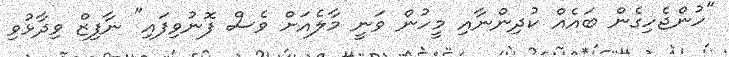
"ހުންޖެހިގެން ބައެއް ކުދިންނާއި މީހުން ވަނީ މާލެއަށް ވެސް ފޮނުވިފައި" ނާފިޒް ވިދާޅުވި